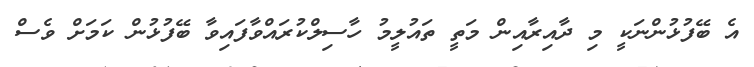
އެ ބޭފުޅުންނަކީ މި ދާއިރާއިން މަތީ ތައުލީމު ހާސިލްކުރައްވާފައިވާ ބޭފުޅުން ކަމަށް ވެސް